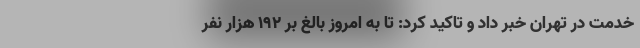
خدمت در تهران خبر داد و تاکید کرد: تا به امروز بالغ بر ۱۹۲ هزار نفر